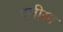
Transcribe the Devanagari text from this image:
एलीसा